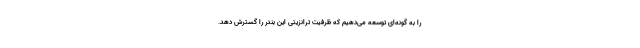
را به گونه‌ای توسعه می‌دهیم که ظرفیت ترانزیتی این بندر را گسترش دهد.